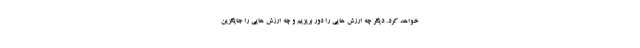
خواهد کرد. دیگر چه ارزش هایی را دور بریزیم و چه ارزش هایی را جایگزین